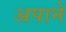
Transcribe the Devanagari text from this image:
अपाने